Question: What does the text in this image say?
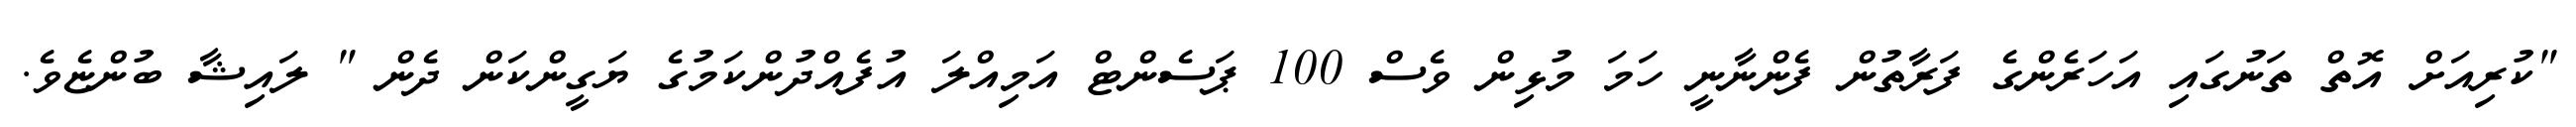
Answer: "ކުރިއަށް އޮތް ތަނުގައި އަހަރެންގެ ފަރާތުން ފެންނާނީ ހަމަ މުޅިން ވެސް 100 ޕަސެންޓް އަމިއްލަ އުފެއްދުންކަމުގެ ޔަގީންކަން ދެން " ލައިޝާ ބުންޏެވެ.